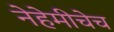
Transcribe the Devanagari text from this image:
नेहेमीचेच